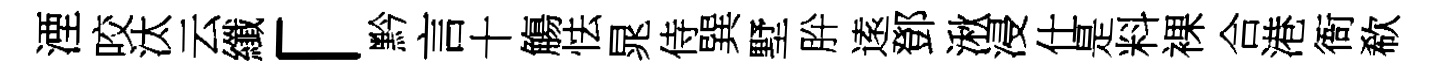
湮咬汰云纖「黔言十觴怯晁侍巽墅肸逺鄧湫浸仕是料裸合港衙欷